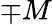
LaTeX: \mp M